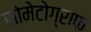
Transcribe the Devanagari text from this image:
सोमेटोग्राफ